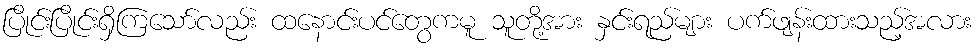
ပြိုင်းပြိုင်းရှိကြသော်လည်း ထနောင်းပင်တွေကမူ သူတို့အား နှင်းရည်များ ပက်ဖျန်းထားသည့်အလား